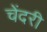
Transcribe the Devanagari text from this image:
चेंदरी